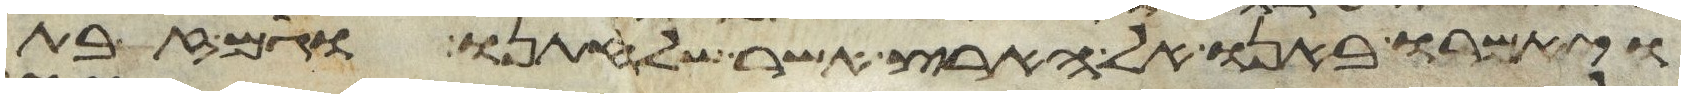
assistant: ויאמרו באנו אל הארץ אשר שלחתנו וגם זבת